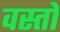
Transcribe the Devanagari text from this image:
वस्तो